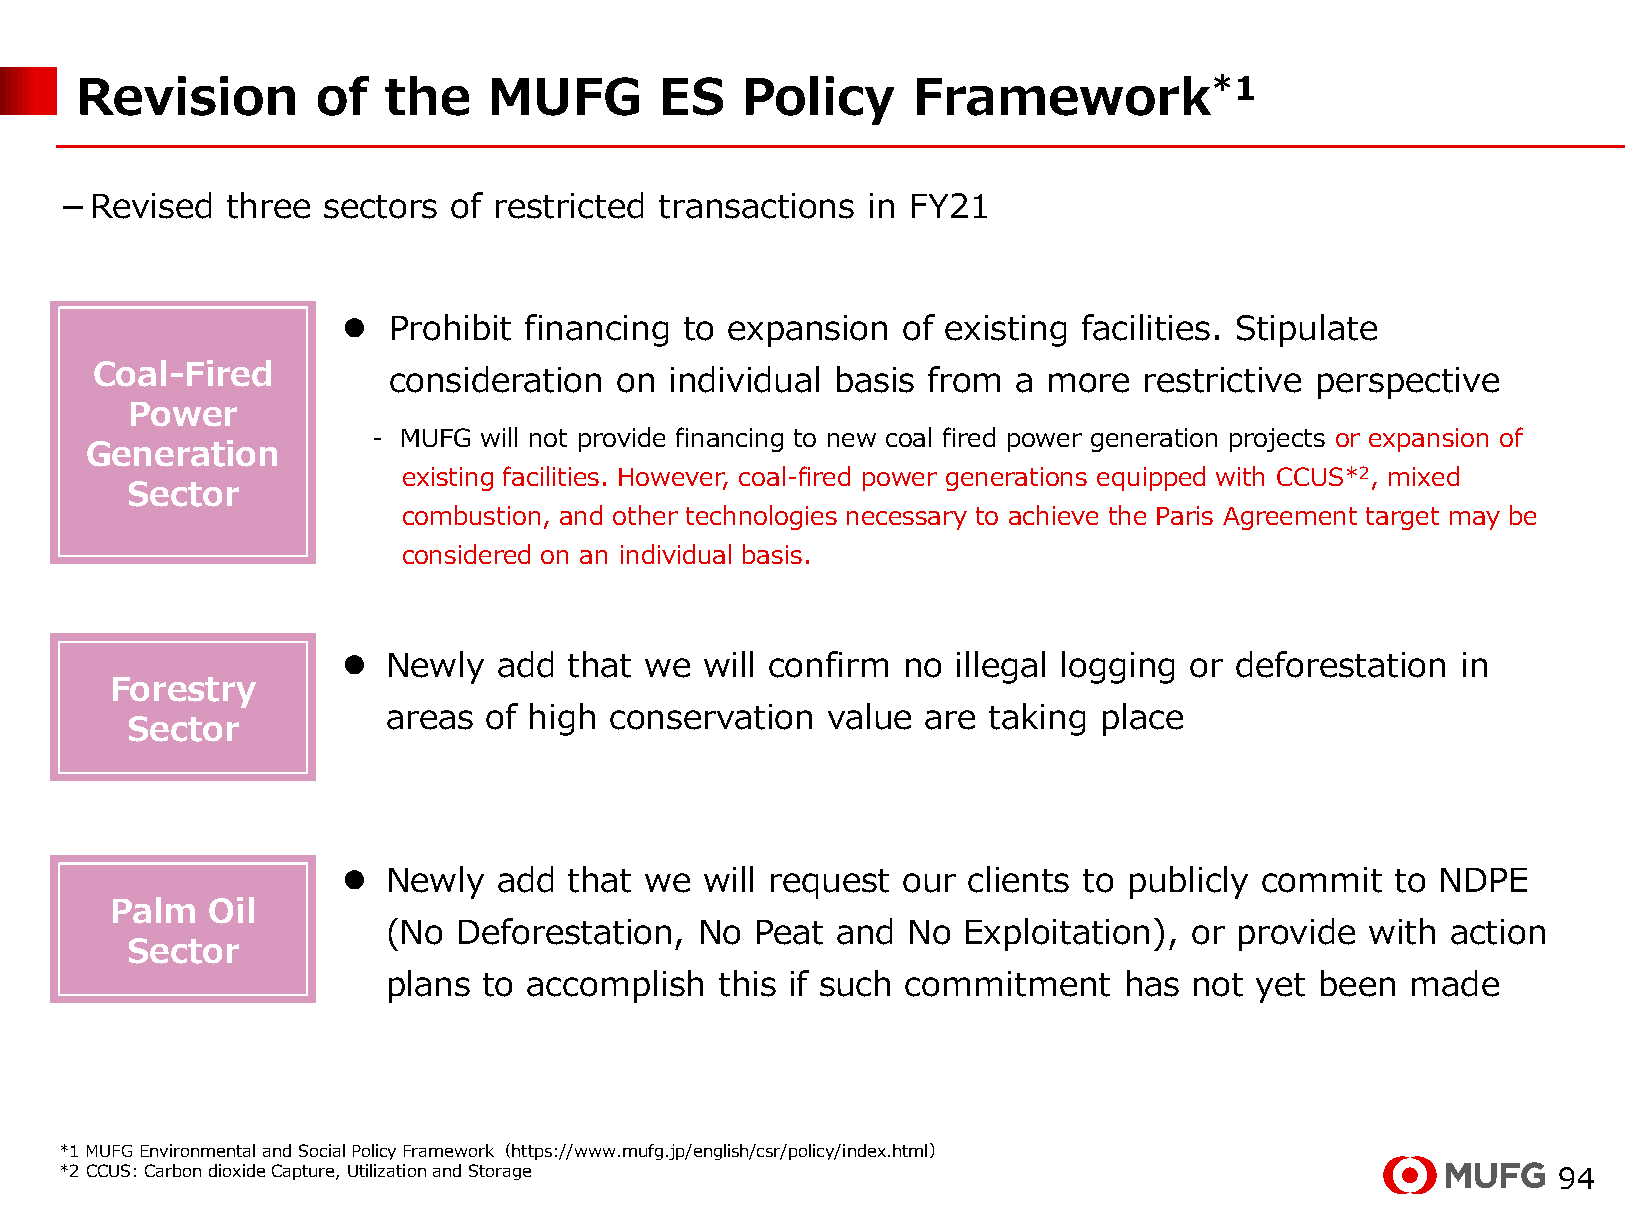
Revision        of  the    MUFG        ES   Policy     Framework*1
 －Revised   three sectors  of restricted transactions in FY21
 
 Prohibit financing to expansion   of existing facilities. Stipulate
 Coal-Fired          consideration  on individual basis from  a more   restrictive perspective
 Power
 - MUFG will not provide financing to new coal fired power generation projects or expansion of
 Generation
 existing facilities. However, coal-fired power generations equipped with CCUS*2, mixed
 Sector
 combustion, and other technologies necessary to achieve the Paris Agreement target may be
 considered on an individual basis.
 
 Newly  add  that we  will confirm no illegal logging or deforestation  in
 Forestry
 areas of high conservation   value are taking  place
 Sector
 
 Newly  add  that we  will request our clients to publicly commit  to NDPE
 Palm   Oil
 (No Deforestation,  No  Peat and  No  Exploitation), or provide  with action
 Sector
 plans to accomplish   this if such commitment   has  not yet been  made
 *1 MUFG Environmental and Social Policy Framework（https://www.mufg.jp/english/csr/policy/index.html）
 *2 CCUS: Carbon dioxide Capture, Utilization and Storage                                           94